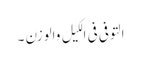
التوفی فی الکیل والوزن ۔